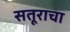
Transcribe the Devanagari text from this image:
सतूराचा